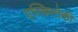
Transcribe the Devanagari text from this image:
एस्किमोकी